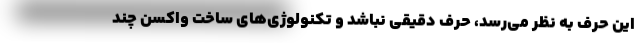
این حرف به نظر می‌رسد، حرف دقیقی نباشد و تکنولوژی‌های ساخت واکسن چند